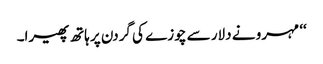
‘‘ مہرو نے دلار سے چوزے کی گردن پر ہاتھ پھیرا۔